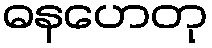
ဓနဟေတု